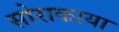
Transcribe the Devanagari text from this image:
सोराकाया